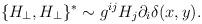
LaTeX: \begin{align*}\{ H_{\perp}, H_{\perp} \}^{*} \sim g^{i j} H_j \partial_i \delta(x,y) .\end{align*}